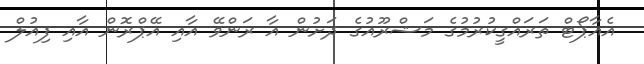
އެއާޕޯޓް ތަރައްގީކުރުމުގެ މަޝްރޫއުގެ ދަށުން އާ ރަންވޭ އާއި އޭޕްރޮން އާއި ފިއުލް